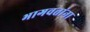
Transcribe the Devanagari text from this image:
भागवतांना